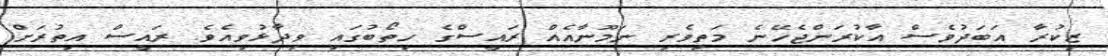
ޒިކުރާ އަބަދުވެސް އާކުރަންޖެހޭނެ މަތިވެރި ނަމޫނާއެއް ރައީސްގެ ހިތޯބުގައި ވިދާޅުވިއެވެ. ރައީސް އިތުރަށް